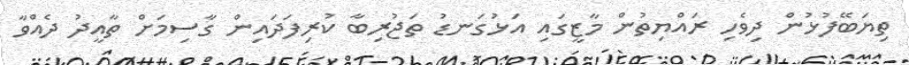
ތިޔަބޭފުޅުން ދިވެހި ރައްޔިތުން މާޒީގައި އަޅުގަނޑު ތަޖުރިބާ ކުރިފަދައިން ގާސިމަށް ތާއީދު ދެއްވާ